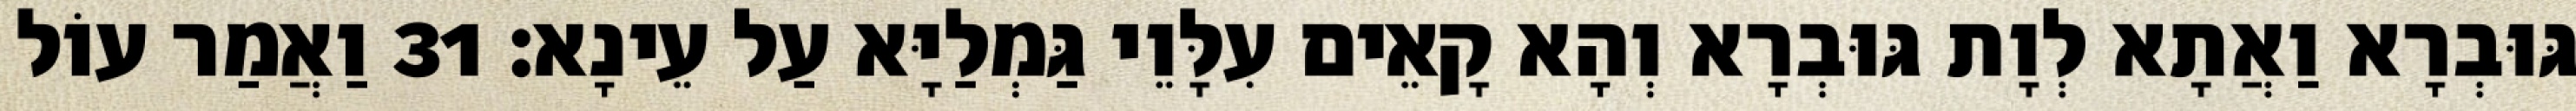
גּוּבְרָא וַאֲתָא לְוָת גּוּבְרָא וְהָא קָאֵים עִלָּוֵי גַּמְלַיָּא עַל עֵינָא׃ 31 וַאֲמַר עוֹל